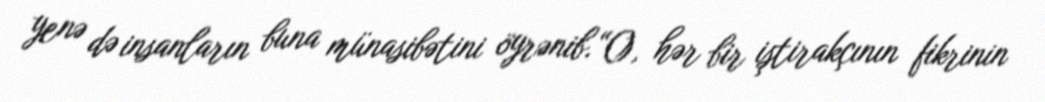
yenə də insanların buna münasibətini öyrənib.“O, hər bir iştirakçının fikrinin